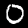
Label: 0